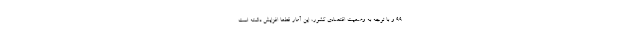
۹۹ و با توجه به وضعیت اقتصادی کشور، این آمار قطعاً افزایش داشته است.